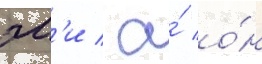
эм'и / а́ о́н